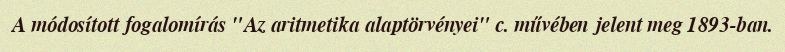
A módosított fogalomírás "Az aritmetika alaptörvényei" c. művében jelent meg 1893-ban.